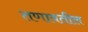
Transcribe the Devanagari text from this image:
तणावतील